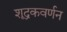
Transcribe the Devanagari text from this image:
शूद्रकवर्णन